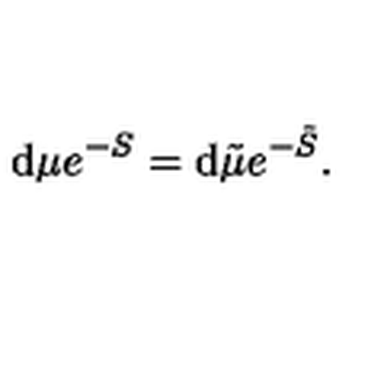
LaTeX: \mathrm { d } \mu e ^ { - S } = \mathrm { d } { \tilde { \mu } } e ^ { - { \tilde { S } } } .